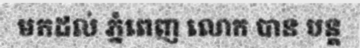
មកដល់ ភ្នំពេញ លោក បាន បន្ត